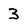
Character: 3